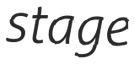
stage